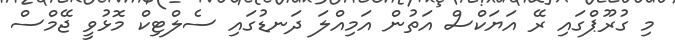
މި ގުރޫޕްގައި ރޭ އަޔަކްސް އަތުން އަމިއްލަ ދަނޑުގައި ސެލްޓިކް މޮޅުވީ ޖޭމްސް